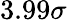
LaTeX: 3.99\sigma